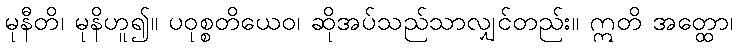
မုနီတိ၊ မုနိဟူ၍။ ပဝုစ္စတိယေဝ၊ ဆိုအပ်သည်သာလျှင်တည်း။ ဣတိ အတ္ထော၊